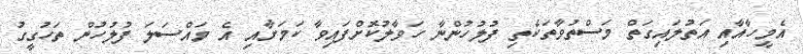
އެމީހާއާއި އަތުލައިގަތް މަސްތުވާތަކެތި ފުލުހުންނާ ހަވާލުކޮށްފައިވާ ކަމަށާއި އެ މައްސަލަ ފުލުހުން ތަހުގީގު